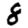
Digit: 8